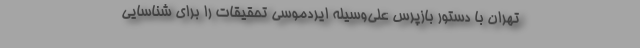
تهران با دستور بازپرس علی‌وسیله ایردموسی تحقیقات را برای شناسایی